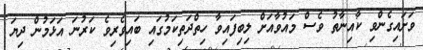
ވަށައިގެންވި ކާއިނާތު ވެސް މައުވާއަށް ލިބިފައިވާ ހިތްދަތިކަމުގައި ބައިވެރިވެ ކަރުނަ އަޅަމުން ދިޔަ